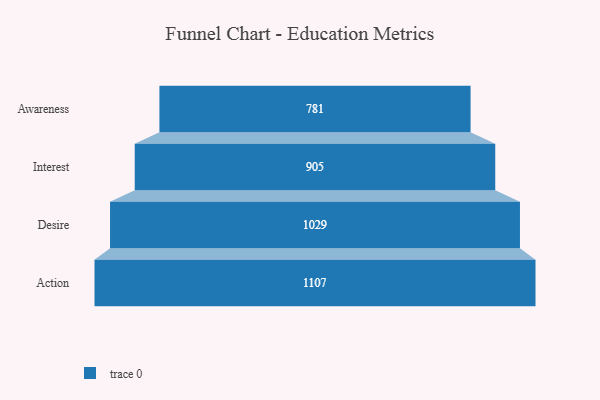
{"axis": {"x": "Stage", "y": "Value"}, "legend": [""], "data": [{"x": "Awareness", "y": 781.0, "type": ""}, {"x": "Interest", "y": 905.0, "type": ""}, {"x": "Desire", "y": 1029.0, "type": ""}, {"x": "Action", "y": 1107.0, "type": ""}]}